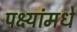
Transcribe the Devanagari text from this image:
पक्ष्यांमधे